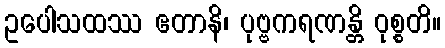
ဥပေါသထဿ ဧတာနိ၊ ပုဗ္ဗကရဏန္တိ ဝုစ္စတိ။